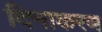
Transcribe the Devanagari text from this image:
दिनाकरण